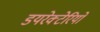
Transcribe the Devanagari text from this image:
डयरेक्टेरियो